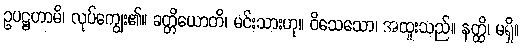
ဥပဋ္ဌဟာမိ၊ လုပ်ကျွေး၏။ ခတ္တိယောတိ၊ မင်းသားဟု။ ဝိသေသော၊ အထူးသည်။ နတ္ထိ၊ မရှိ။